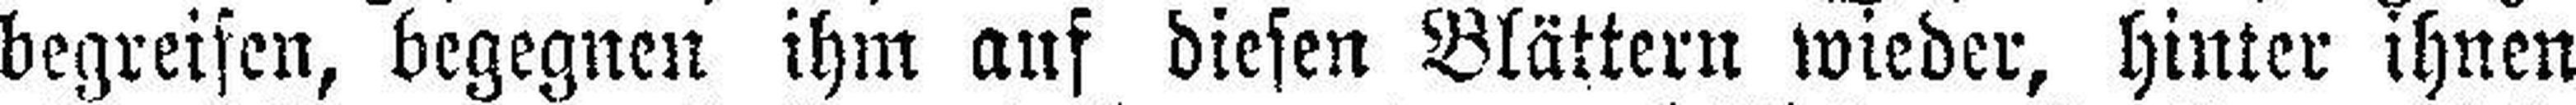
begreifen, begegnen ihm auf diesen Blättern wieder, hinter ihnen